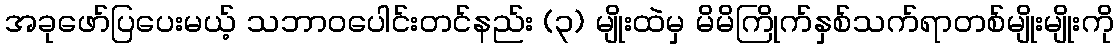
အခုဖော်ပြပေးမယ့် သဘာဝပေါင်းတင်နည်း (၃) မျိုးထဲမှ မိမိကြိုက်နှစ်သက်ရာတစ်မျိုးမျိုးကို